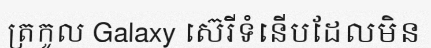
ត្រកូល Galaxy ស៊េរីទំនើបដែលមិន